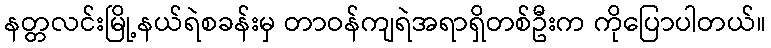
နတ္တလင်းမြို့နယ်ရဲစခန်းမှ တာဝန်ကျရဲအရာရှိတစ်ဦးက ကိုပြောပါတယ်။